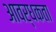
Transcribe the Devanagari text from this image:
आवर्धकता